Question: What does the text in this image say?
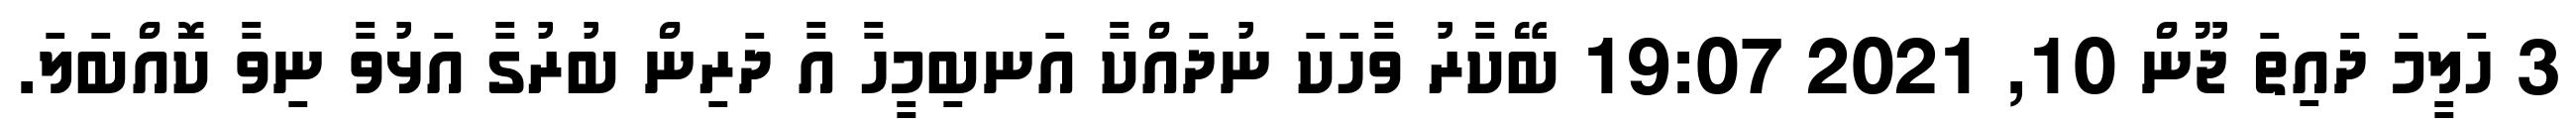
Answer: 3 ހަލީމަ ދައިތަ ޖޫން 10, 2021 19:07 ބޭކާރު ވާހަކަ ނުދައްކާ އަނބިމީހާ އާ ދަރިން ބުރުގާ އަޅުވާ ނިވާ ކޮއްބަލަ.